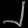
Digit: ၂